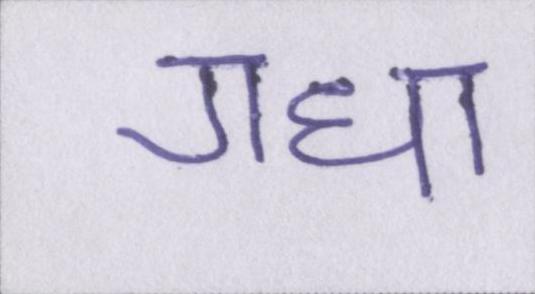
गधा